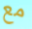
مع